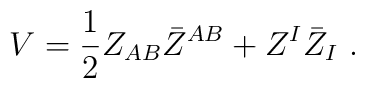
V= {1\over 2} Z_{AB} \bar Z^{AB}+Z^I \bar Z_I \ .